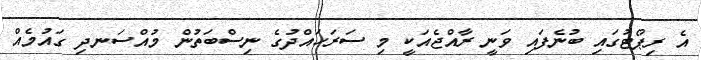
އެ ރިޕޯޓުގައި ބުނެފައި ވަނީ ރާއްޖެއަކީ މި ސަރަހައްދުގެ ނިސްބަތުން މުއްސަނދި ގައުމެއް